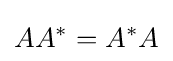
AA^{*}=A^{*}A